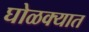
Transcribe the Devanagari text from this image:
घोळक्यात